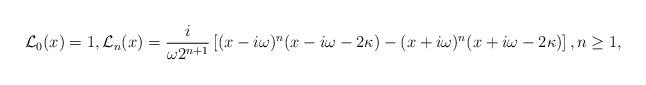
\begin{align*}\mathcal{L}_{0}(x)=1, \mathcal{L}_n(x)=\dfrac{i}{\omega2^{n+1}}\left[(x-i\omega)^n(x-i\omega-2\kappa)-(x+i\omega)^n(x+i\omega-2\kappa) \right], n\geq 1,\end{align*}